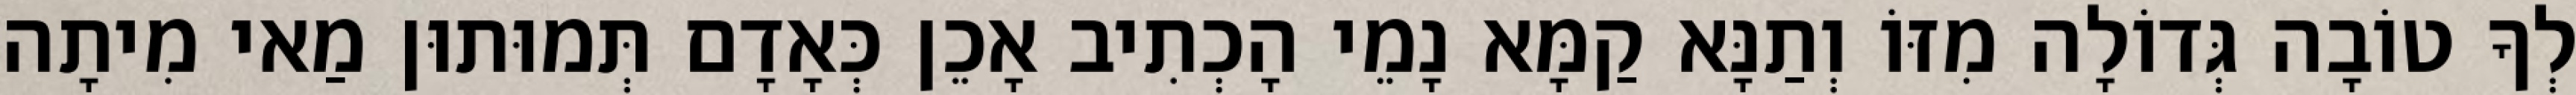
לְךָ טוֹבָה גְּדוֹלָה מִזּוֹ וְתַנָּא קַמָּא נָמֵי הָכְתִיב אָכֵן כְּאָדָם תְּמוּתוּן מַאי מִיתָה